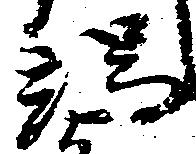
端